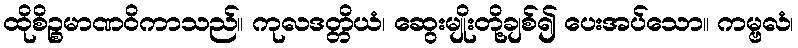
ထိုစိဉ္စမာဏဝိကာသည်။ ကုလဒတ္တိယံ၊ ဆွေးမျိုးတို့ချစ်၍ ပေးအပ်သော။ ကမ္ဗလံ၊